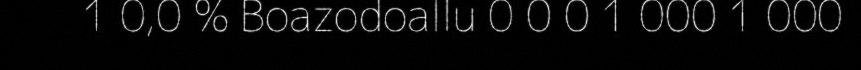
1 0,0 % Boazodoallu 0 0 0 1 000 1 000